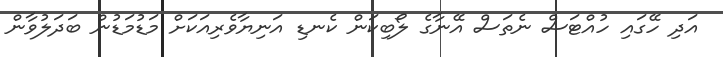
އަދި ހޭގައި ހުއްޓަސް ނެތަސް އޭނާގެ ލޯބިކަން ކެނޑި އަނިޔާވެރިއަކަށް މަޑުމަޑުން ބަދަލުވާން